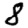
Digit: 8